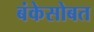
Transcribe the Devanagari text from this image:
बंकेसोबत